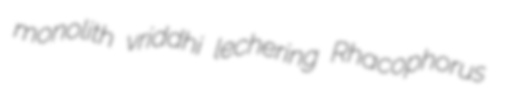
monolith vriddhi lechering Rhacophorus